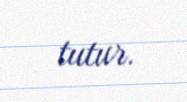
tutur.